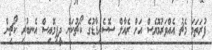
ފުރަތަމަ މެޗު އެއްވަރުމޮޔެސް އަށް ރެއާލް ސޮސެއިޑާޑުގެ ކޯޗުކަން ދީފިމޮއިސް އެނބުރި ކޯޗިން